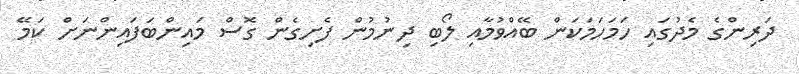
ދަރިންގެ މެދުގައި ހަމަހަމަކަން ބޭއްވުމާއި ލޯބި ދިނުމުން ފެށިގެން ގޮސް މައިންބަފައިންނަށް ކަމޭ